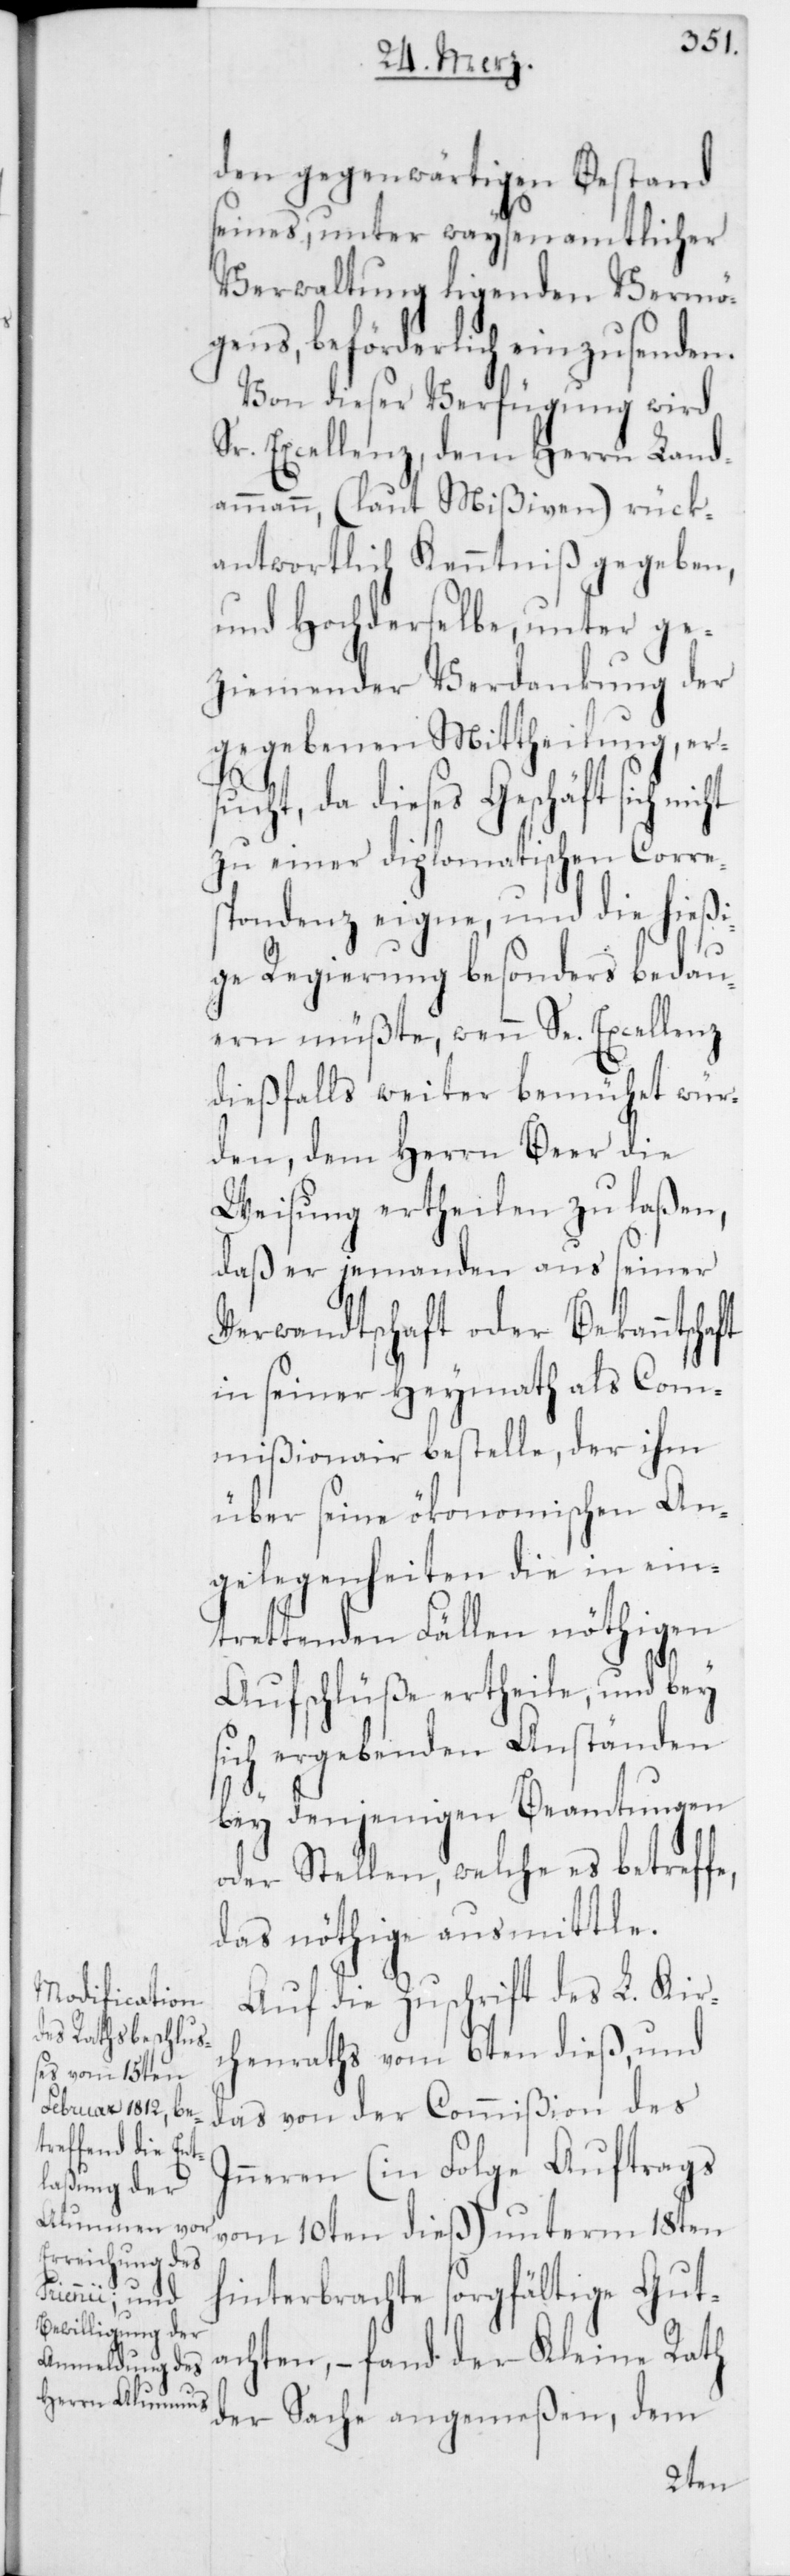
den gegenwärtigen Bestand
seines, unter waysenamtlicher
Verwaltung ligenden Vermö¬
gens, beförderlich einzusenden.
Von dieser Verfügung wird
Sr. Excellenz, dem Herrn Land¬
ammann, (laut Mißiven) rück¬
antwortlich Kenntniß gegeben,
und Hochderselbe, unter ge¬
ziemender Verdankung der
gegebenen Mittheilung, ers¬
ucht, da dieses Geschäft sich
zu einer diplomatischen Corre¬
spondenz eigne, und die hießi¬
ge Regierung besonders bedau¬
ern müßte, wenn Se. Excellenz
dießfalls weiter bemühet wür¬
den, dem Herrn Beer die
Weisung ertheilen zu laßen,
daß er jemanden aus seiner
Verwandtschaft oder Bekanntsch¬
in seiner Heymath als Com¬
mißionair bestelle, der ihm
über seine ökonomischen An¬
gelegenheiten die in ein¬
trettenden Fällen nöthigen
Aufschlüße ertheile, und bey
sich ergebenden Anständen
bey denjenigen Beamtungen
oder Stellen, welche es betreff¬
das nöthige ausmittle.
Auf die Zuschrift des L. Kir¬
chenrathes vom 6ten dieß, und
das von der Commißion des
Inneren (in Folge Auftrags
vom 10ten dieß) unterm 18ten
hinterbrachte sorgfältige Gut¬
achten, – fand der Kleine Rath
der Sache angemeßen, dem
e,